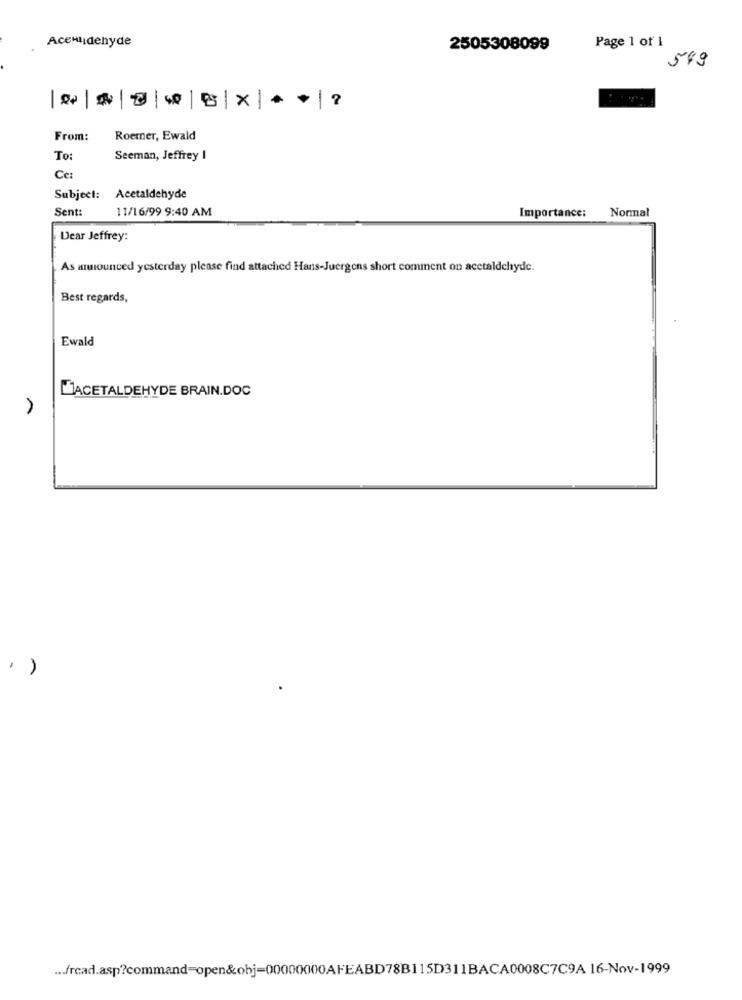
Acenudehyde
Page 1 of 1
2505308099
549
From:
Roemner, Ewald
To:
Seeman, Jeffrey I
Ce:
Subject: Acetaldehyde
Sent:
11/16/99 9:40 AM
Importance:
Normal
Dear Jeffrey:
As announced yesterday please find attached Hans-Juergens short comment on acetaldehyde.
Best regards,
Ewald
ACETALDEHYDE BRAIN.DOC
... frcad.asp?command=open&obj=00000000AFEABD78B11SD311BACA0008C7C9A 16-Nov-1999